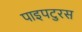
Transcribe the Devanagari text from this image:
पाइपटुरस